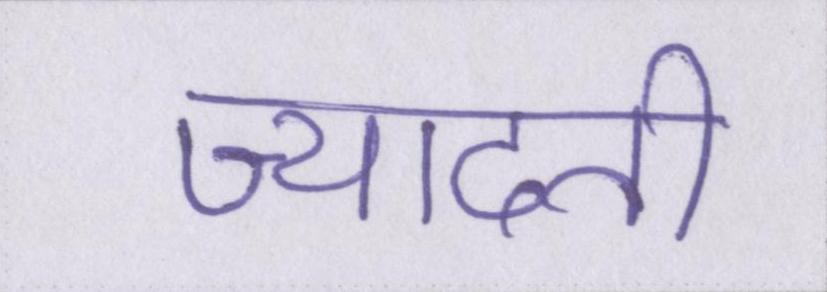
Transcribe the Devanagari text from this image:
ज्यादती